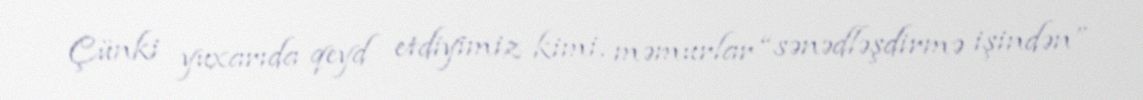
Çünki yuxarıda qeyd etdiyimiz kimi, məmurlar “sənədləşdirmə işindən”